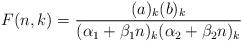
LaTeX: \begin{align*}F(n, k) = \frac{ (a)_{k} (b)_{k} }{ (\alpha_{1} + \beta_{1} n)_{k} (\alpha_{2} + \beta_{2} n)_{k} } \end{align*}